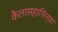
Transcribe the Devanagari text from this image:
कैलासहासिन्या